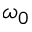
\omega _ { 0 }